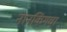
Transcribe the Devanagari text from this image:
नानकिंगचा